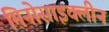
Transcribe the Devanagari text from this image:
मिनोसाइक्लीन